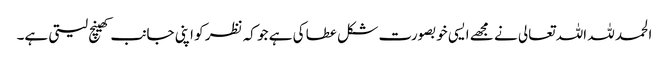
الحمد للہ اللہ تعالی نے مجھے ایسی خوبصورت شکل عطا کی ہے جو کہ نظر کو اپنی جانب کھینچ لیتی ہے۔